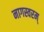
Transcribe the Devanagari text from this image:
नागस्वरम्